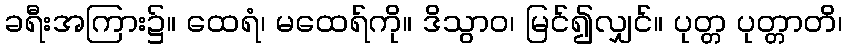
ခရီးအကြား၌။ ထေရံ၊ မထေရ်ကို။ ဒိသွာဝ၊ မြင်၍လျှင်။ ပုတ္တ ပုတ္တာတိ၊